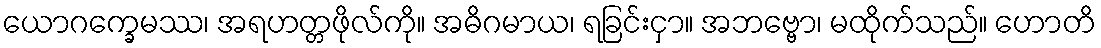
ယောဂက္ခေမဿ၊ အရဟတ္တဖိုလ်ကို။ အဓိဂမာယ၊ ရခြင်းငှာ။ အဘဗ္ဗော၊ မထိုက်သည်။ ဟောတိ